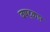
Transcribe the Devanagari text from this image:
वषट्कार